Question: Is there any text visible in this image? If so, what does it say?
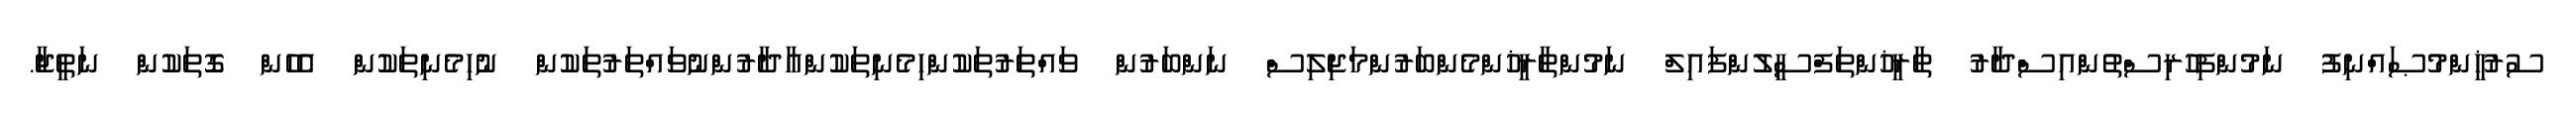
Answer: ސުރުޚީންމުޞައްނިފު ނަމުންފިހުރިސްތުންއިސްދާރު ތާރީޚުންތަފްސީލުންފައިލް ނަމުންތާރީޚުންމެންބަރުންމަޖިލިސް ނަންބަރުން ވައްތަރުތަކުންހިމެނިތަކުންއާދާރުންނުވައްތަރުތަކުން ނުހިމެނިތަކުން އެހެން ގޮތަކުން ނަތީޖާ.